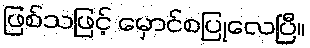
ဖြစ်သဖြင့် မှောင်စပြုလေပြီ။